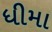
ધીમા